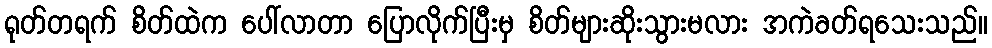
ရုတ်တရက် စိတ်ထဲက ပေါ်လာတာ ပြောလိုက်ပြီးမှ စိတ်များဆိုးသွားမလား အကဲခတ်ရသေးသည်။